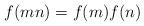
LaTeX: \begin{align*}f(m n)=f(m)f(n) \end{align*}